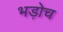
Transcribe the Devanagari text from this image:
भड़ोच